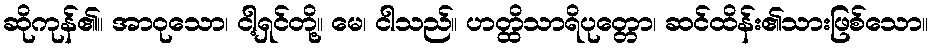
ဆိုကုန်၏။ အာဝုသော၊ ငါ့ရှင်တို့။ မေ၊ ငါသည်။ ဟတ္ထိသာရိပုတ္တော၊ ဆင်ထိန်း၏သားဖြစ်သော။